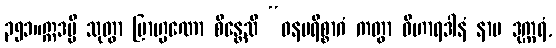
၃၅၁။ဣဒမ္ပိ သုတွာ ဗြာဟ္မဏော စိန္တေသိ “ဓနပရိစ္စာဂံ ကတွာ ဝိဟာရဒါနံ နာမ ဒုက္ကရံ,